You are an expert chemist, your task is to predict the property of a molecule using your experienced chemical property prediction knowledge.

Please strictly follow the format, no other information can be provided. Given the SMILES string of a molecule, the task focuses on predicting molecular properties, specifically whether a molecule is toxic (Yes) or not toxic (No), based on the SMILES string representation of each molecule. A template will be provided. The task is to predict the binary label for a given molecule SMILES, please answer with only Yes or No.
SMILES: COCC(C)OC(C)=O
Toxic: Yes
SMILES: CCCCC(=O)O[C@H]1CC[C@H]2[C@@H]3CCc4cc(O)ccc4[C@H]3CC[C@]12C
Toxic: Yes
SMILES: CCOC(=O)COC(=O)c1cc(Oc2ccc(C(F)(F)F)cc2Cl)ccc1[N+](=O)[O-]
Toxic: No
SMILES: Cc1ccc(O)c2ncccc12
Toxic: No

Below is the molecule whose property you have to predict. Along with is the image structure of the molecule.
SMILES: O=[N+]([O-])c1ccccc1C(F)(F)F
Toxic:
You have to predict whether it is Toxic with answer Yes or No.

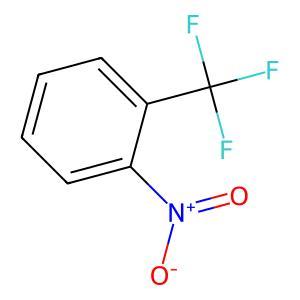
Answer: No